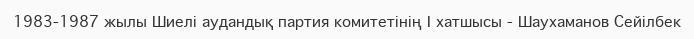
1983-1987 жылы Шиелі аудандық партия комитетінің І хатшысы - Шаухаманов Сейілбек